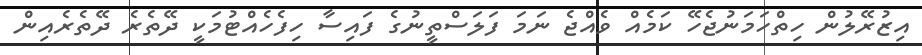
އިޒުރޭލުން ހިތްހަމަނުޖެހޭ ކަމެއް ވެއްޖެ ނަމަ ފަލަސްތީނުގެ ފައިސާ ހިފެހެއްޓުމަކީ ދޭތެރެ ދޭތެރެއިން